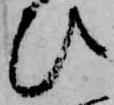
ひ